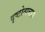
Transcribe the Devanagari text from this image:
दृष्टोत्पत्तास